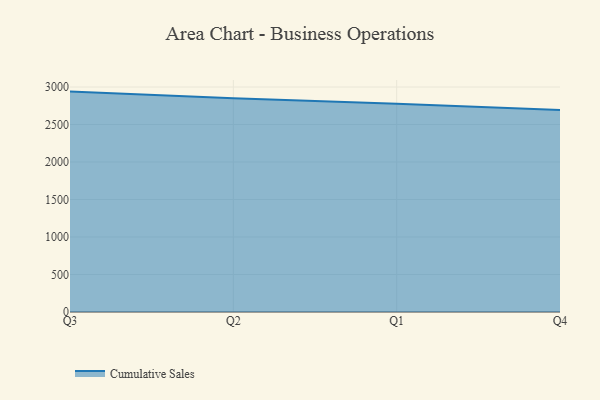
{"axis": {"x": "Quarter", "y": "Conversion Rate (%)"}, "legend": ["Cumulative Sales"], "data": [{"x": "Q3", "y": 2939.2, "type": "Cumulative Sales"}, {"x": "Q2", "y": 2851.3, "type": "Cumulative Sales"}, {"x": "Q1", "y": 2778.0, "type": "Cumulative Sales"}, {"x": "Q4", "y": 2694.2, "type": "Cumulative Sales"}]}